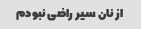
از نان سیر راضی نبودم